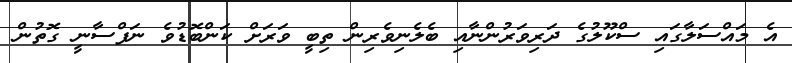
އެ މައްސަލާގައި ސްކޫލުގެ ދަރިވަރުންނާއި ބެލެނިވެރިން ތިބީ ވަރަށް ކަންބޮޑުވެ ނަފްސާނީ ގޮތުން